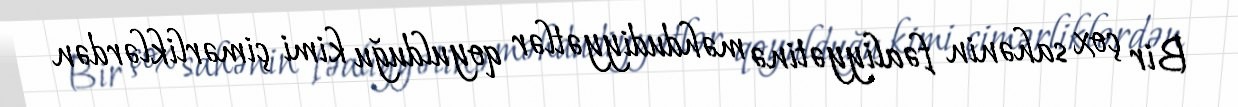
Bir çox sahənin fəaliyyətinə məhdudiyyətlər qoyulduğu kimi çimərliklərdən